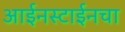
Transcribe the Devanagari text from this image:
आईनस्टाईनचा